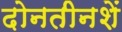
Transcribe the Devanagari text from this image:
दोनतीनशें